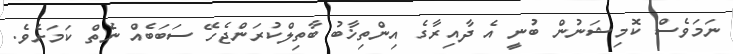
ނަމަވެސް ކޮމިޝަނުން ބުނީ އެ ދާއިރާގެ އިންތިޚާބު ބާތިލްކުރަންޖެހޭ ސަބަބެއް ނެތް ކަމަށެވެ.